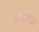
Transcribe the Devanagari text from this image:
प्रबंधगळ